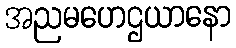
အညမဟေဌယာနော